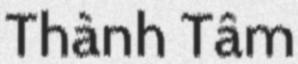
Thành Tâm